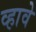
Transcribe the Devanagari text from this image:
व्‍हावे